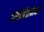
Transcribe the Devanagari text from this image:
जातिअंताबाबत